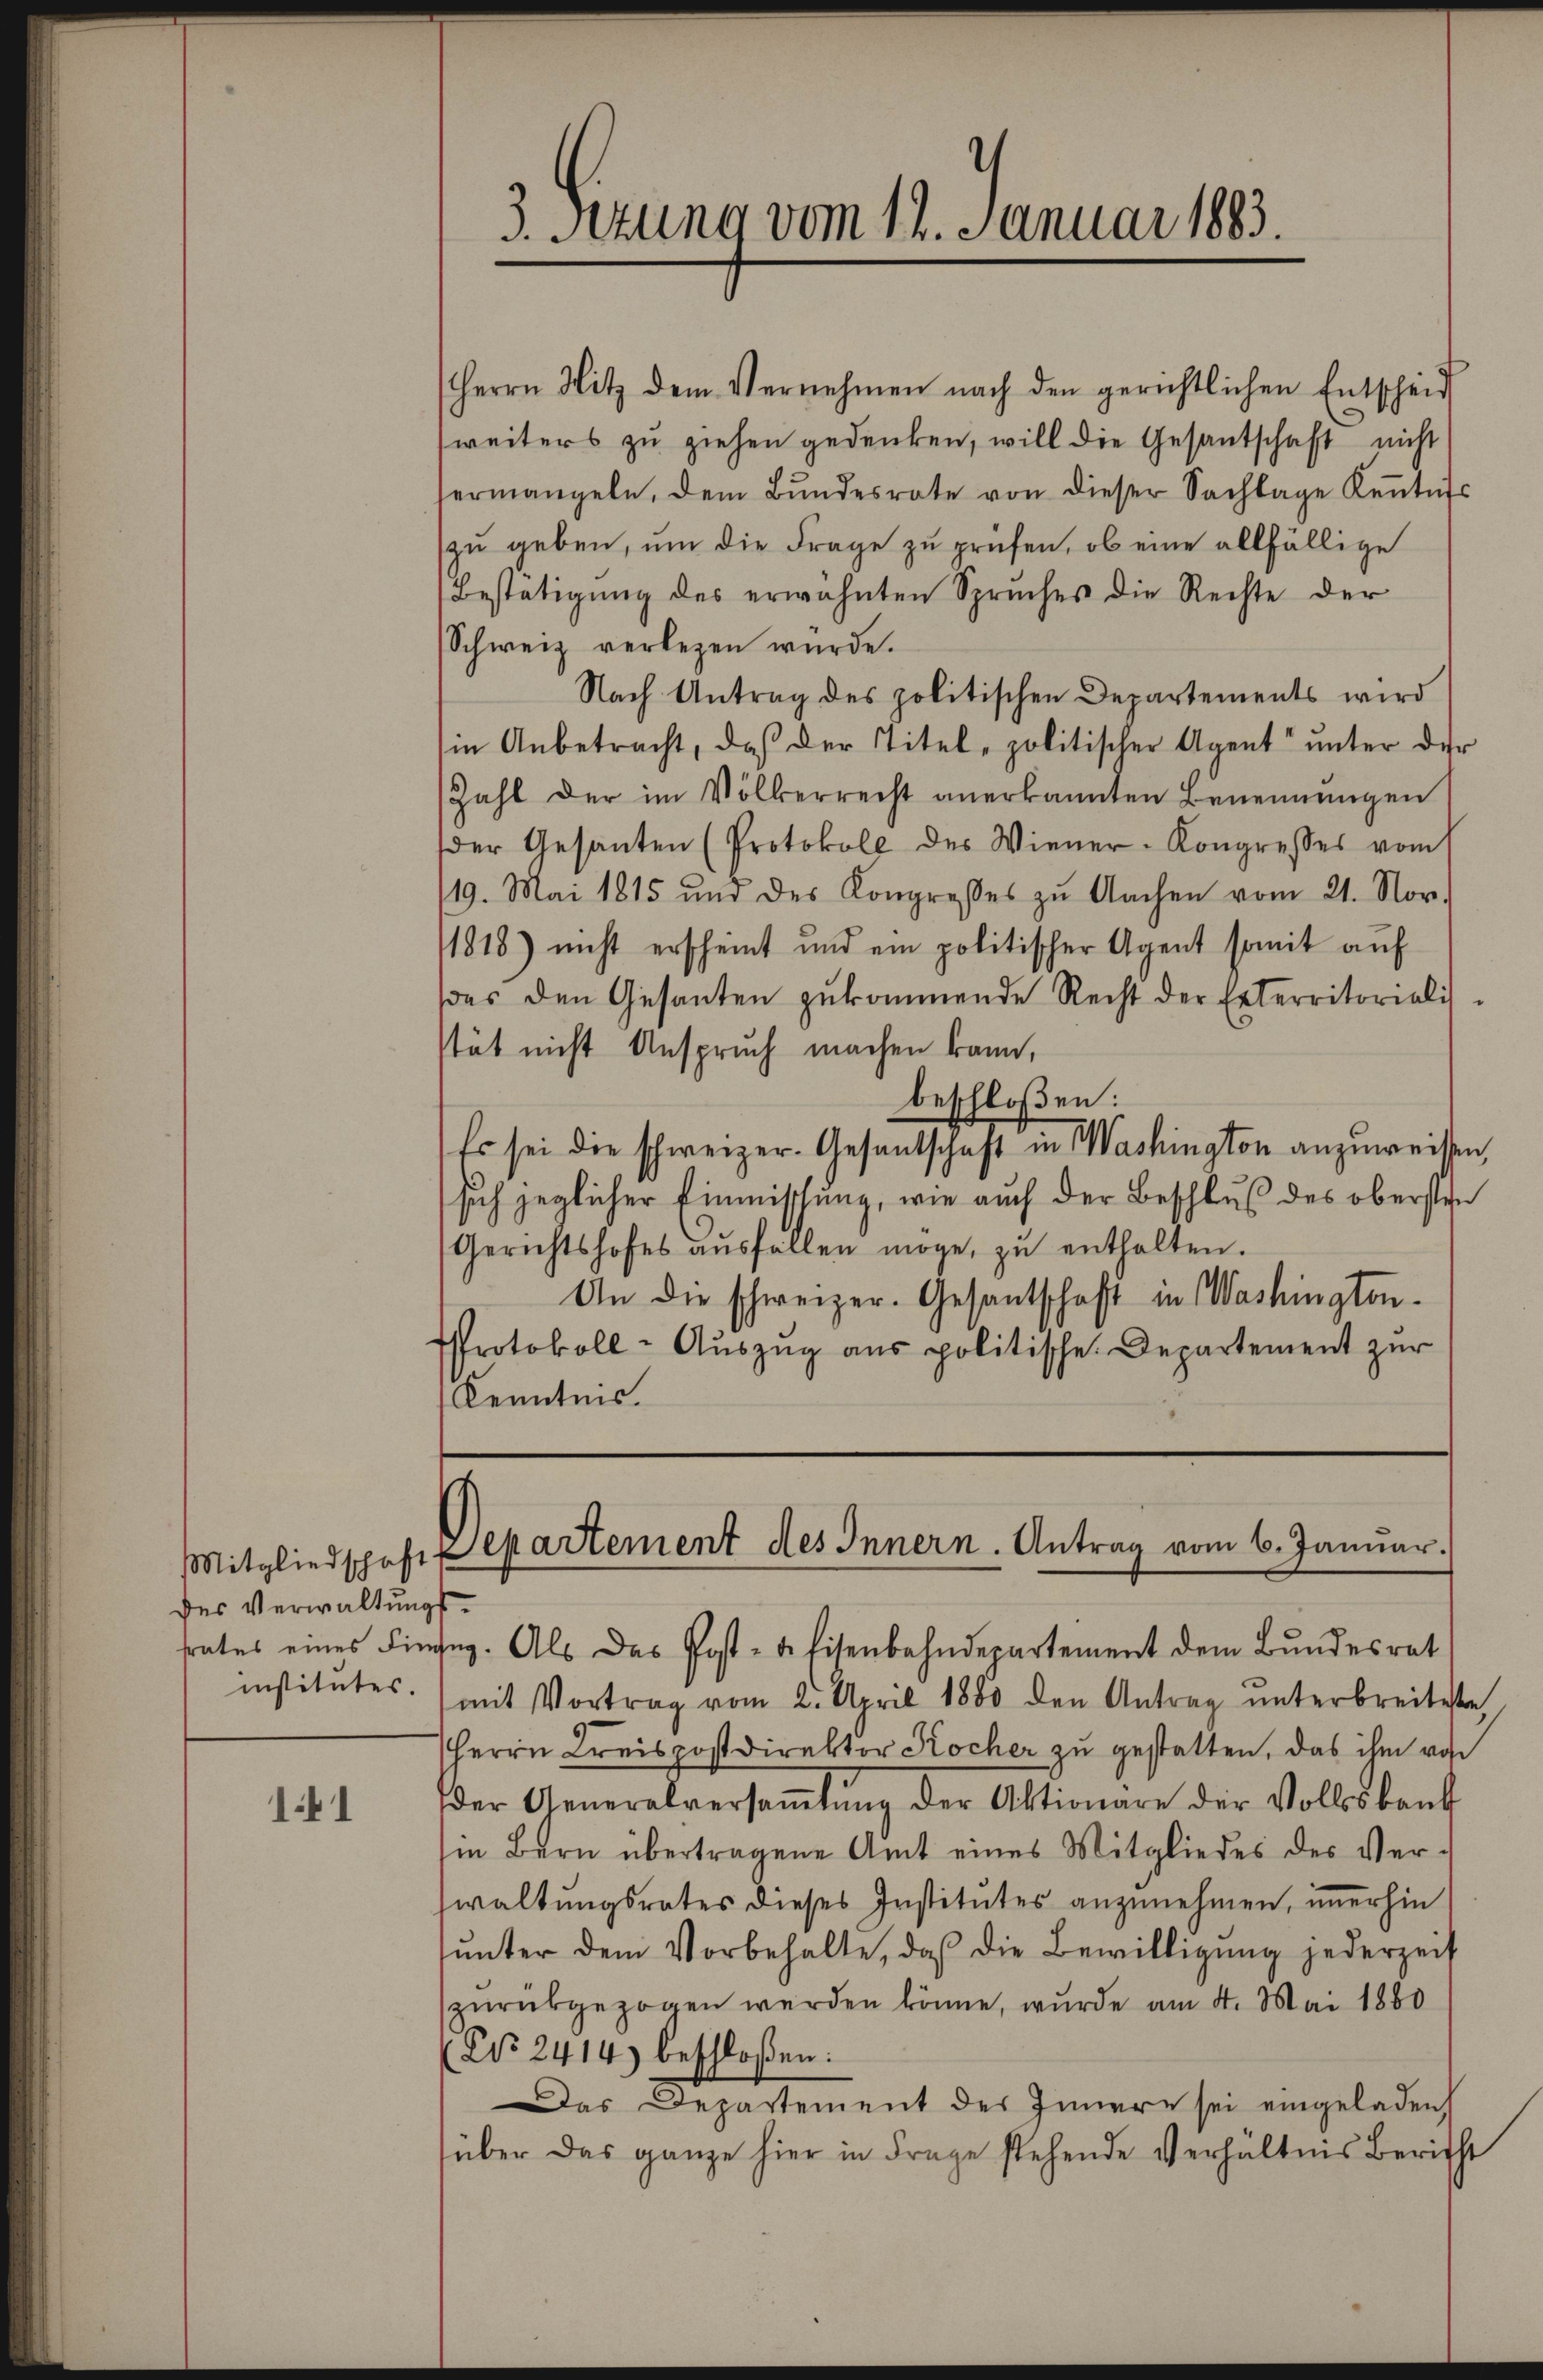
des Verwaltungsinstitutes.

141

3. Sitzung vom 14. Januar 1883.

Herrn Hitz dem Vernehmen nach den gerichtlichen Entscheid
weiters zu ziehen gedenken, will die Gesantschaft nicht
ermangeln, dem Bŭndesrate von dieser Sachlage Keṅtniss
zŭ geben, ŭm die Frage zŭ prüfen, ob eine allfällige
Bestätigung des erwähnten Spruches die Rechte der
Schweiz verlegen würde.
Nach Antrag des politischen Departements wird
in Anbetracht, daß der Titel-politischer Agent unter der
Zahl der im Völkerrecht anerkannten Benennungen
der Gesanten (Protokoll des Wiener-Kongresses vom
/19. Mai 1815 und des Kongresses zŭ Aachen vom 21. Nov.
1818) nicht erscheint und ein politischer Agent somit auf
des den Gesanten zukommende Recht der Exterritorialis
stät nicht Anspruch machen kann,
beschloßen:
Es sei die schweizer. Gesantschaft in Washington anzuweisen,
sich jeglicher Einmischung, wie auch der Beschluß des obersten
Gerichtshofes aŭsfallen möge, zŭ enthalten.
An die schweizer. Gesantschaft in Washington¬
Protokoll-Aŭszŭg ans politische Departement zur
Kenntnis.

Mitgliedschaft es artement des Innern. Antrag vom 6. Januar.

srates eines Fingeg. Als das Post- & Eisenbahndepartement dem Bundesrat
(mit Vortrag vom 2. April 1880 den Antrag ŭnterbreitete
Herrn Kreispostdirektor Kocher zu gestatten, das ihm vo
der Generalversaṁlŭng der Aktionare der Volksbank
in Bern übertragene Amt eines Mitgliedes des Ver-
waltungsrates dieses Institutes anzunehmen, immerhin
ŭnter dem Vorbehalte, daß die Bewilligung jederzeit
zurückgezogen werden könne, wurde am 4. Mai 1860
No 2414) beschloßen:
Das Departement des Innern sei eingeladen,
über das ganze hier in Frage stehende Verhältnis Bericht